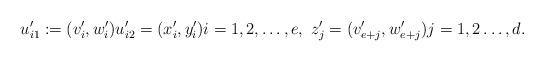
LaTeX: \begin{align*} u_{i1}' := (v_i',w_i') u'_{i2} = (x'_i,y'_i) i = 1,2,\ldots,e,\ z'_j = (v'_{e+j},w'_{e+j}) j=1,2\ldots,d. \end{align*}